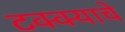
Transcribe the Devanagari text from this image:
टक्क्याचे